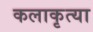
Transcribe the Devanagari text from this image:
कलाकृत्या